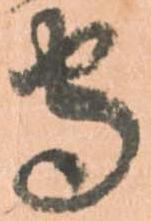
守